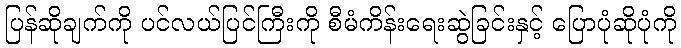
ပြန်ဆိုချက်ကို ပင်လယ်ပြင်ကြီးကို စီမံကိန်းရေးဆွဲခြင်းနှင့် ပြောပုံဆိုပုံကို